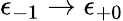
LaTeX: \epsilon_{-1}\to\epsilon_{+0}